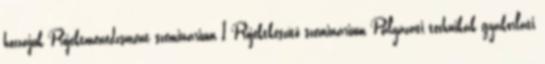
hozzájuk Projektmenedzsment szeminárium 1 Projektkészítő szeminárium Pályázati technikák gyakorlati